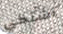
أشتكي